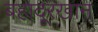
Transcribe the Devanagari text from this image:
बहादूरखान